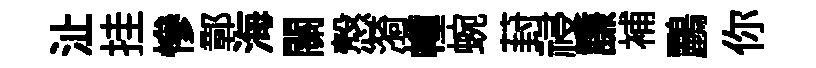
沚挂慘鄣海關慤漪幢蜿葑祲謙補鸝你